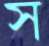
স